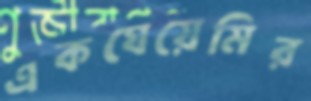
একঘেয়েমির